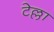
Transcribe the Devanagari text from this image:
टेल्ला